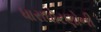
ધારાધોરણોની